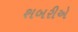
શબરીએ